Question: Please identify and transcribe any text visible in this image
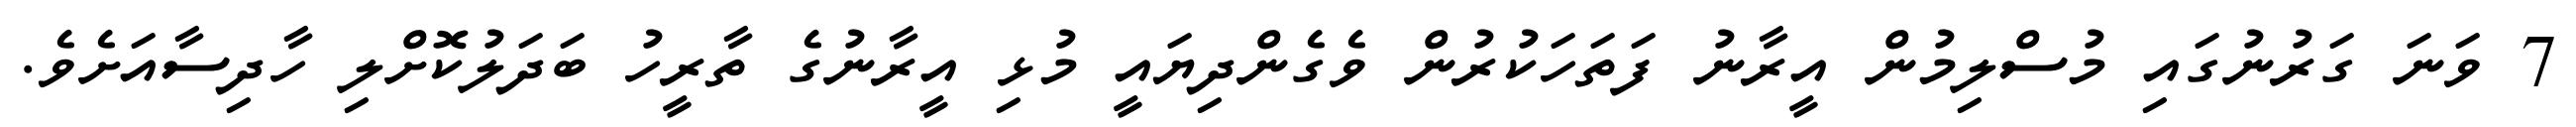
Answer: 7 ވަނަ ގަރުނުގައި މުސްލިމުން އީރާނު ފަތަހަކުރުން ވެގެންދިޔައީ މުޅި އީރާނުގެ ތާރީހު ބަދަލުކޮށްލި ހާދިސާއަށެވެ.